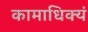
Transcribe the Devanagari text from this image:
कामाधिक्यं